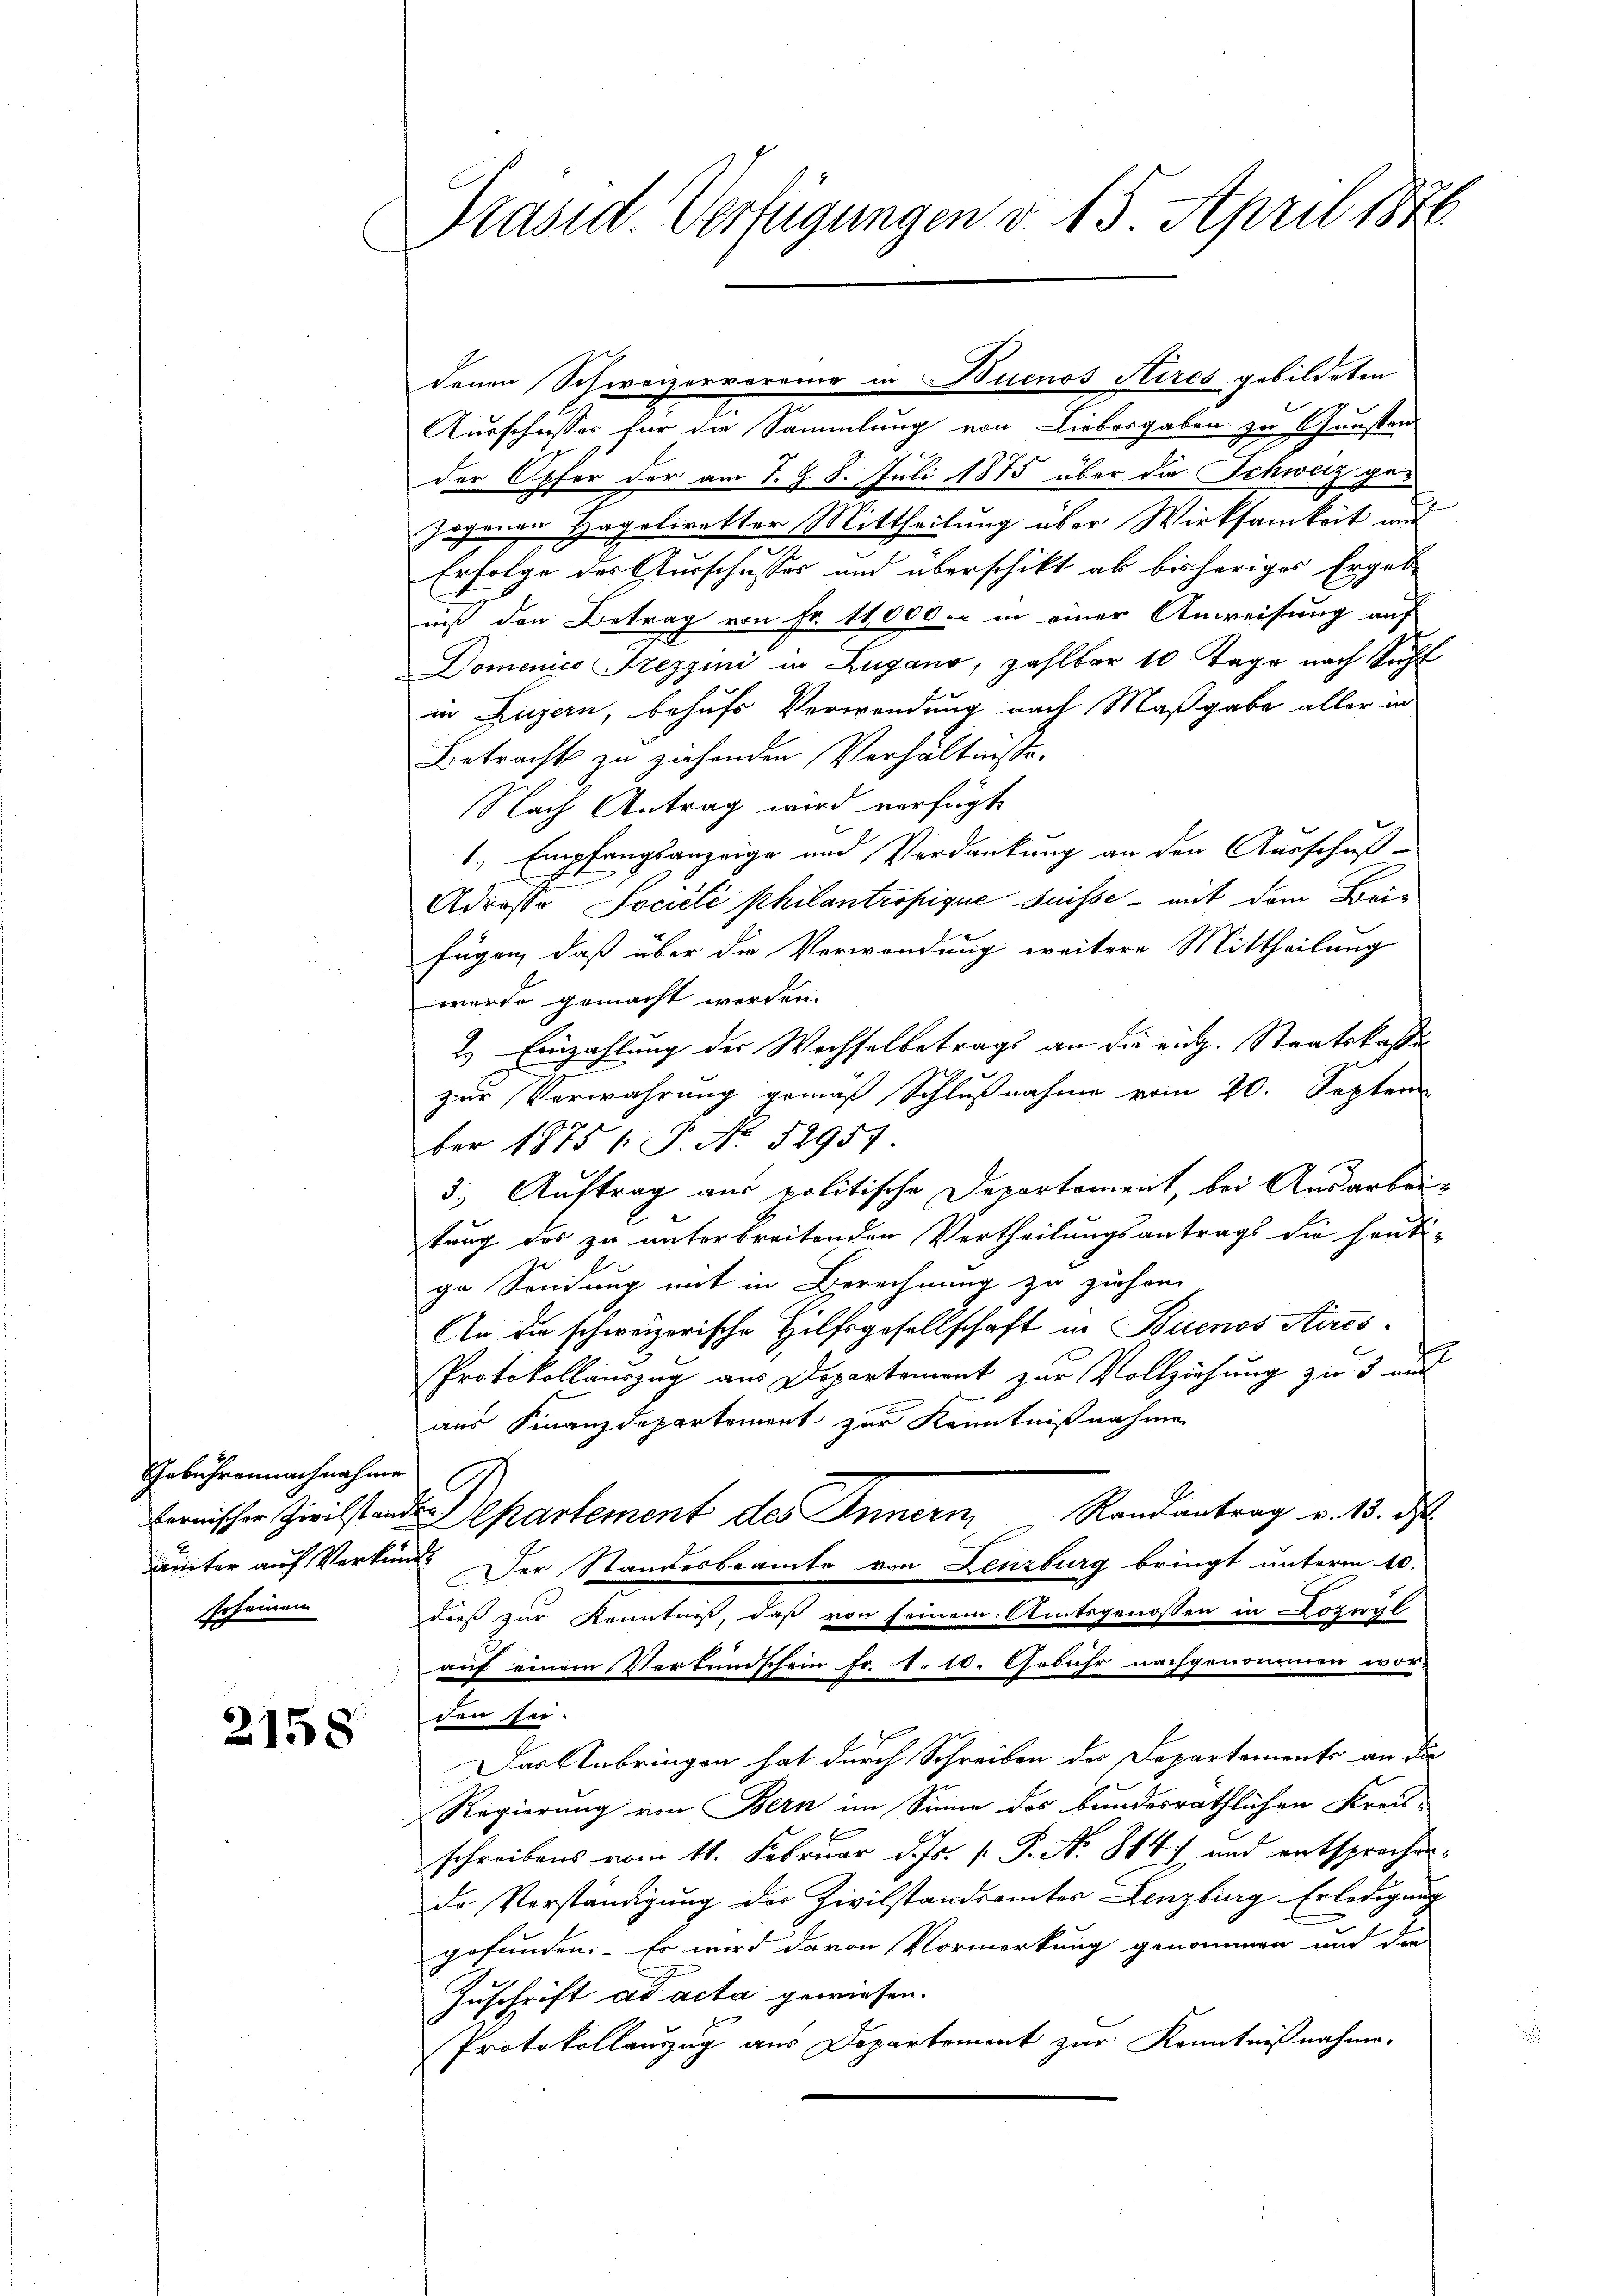
Gebühren nachnahme
bernischer Zivilstan
ämter auf Verbin
scheinen

2158

Prasid Verfügungen d. 15. April 1876.

Ausschusses für die Sammlung von Liebesgaben zu Gunsten
der Opfer der am 7. § 8. Juli 1875 über die Schweiz gezogenen Hagelwetter Mittheilung über Wirksamkeit und
Erfolge des Ausschusses und überschikt ab bisheriges Ergebe
niß den Betrag von Fr. 11000. in einer Anweisung auf
Domenico Treppini in Zugano, zahlbar 10 Tage nach Sicht
in Luzern, behufs Verwendung nach Maßgabe aller in
Betrachts zu ziehenden Verhältnisse.
Nach Antrag wird verfügt
1., Empfangsanzeige und Verdankung an den Ausschuß-
Adroso Jociété philantropique dasse - mit dem Beifügen, daß über die Verwendung weitere Mittheilung
wurde gemacht werden.
2.) Einzahlung der Wachselbetrags an die eid. Staatskasse
zur Verwahrung gemäß Schlußnahme vom 20. Septem
ber 1875 /: P. No. 52957.
3.) Auftrag aus politische Departement, bei Ausarbei-
tung des zu unterbreitenden Vertheilungsantrags die heuti-
ge Sendung mit in Berechnung zu ziehen.
An die schweizerische Hilfsgesellschaft in Buenos Aires.
Protokollauszug aus Departement zur Vollziehŭng zu 3 and
aus Finanzdepartement zur Kenntnißnahme
de. Departement des Innern Randantrag v. 13. d
 Der Standesbeamte von Lenzburg bringt unterm 10.
dieß zur Kenntniß, daß von seinem Amtsgenossen in Lozwyl
auf einem Verkundschein fr. 1. 10. Gebühr nachgenommen wor-
den sei.
Das Unbringen hat durch Schreiben des Departements an die
Regierung von Bern im Sinne des bundesräthlichen Kreis-
schreibens vom 11. Februar d. Js. [ P. N. 884) und entsprochende Verständigung der Zivilstandsamtes Lenzburg Erledigung
gefunden. Es wird davon Vormerkung genommen und die
Zuschrift ad acta gewiesen.
Protokollauszug aus Departement zur Kenntnißnahme.

denen Schweizerrorene in Buenos Kires gebildeten